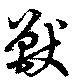
獸